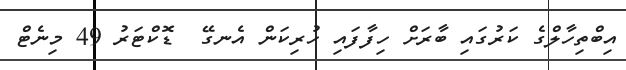
އިބްތިހާލްގެ ކަރުގައި ބާރަށް ހިފާފައި ހުރިކަން އެނގޭ  ޑޮކްޓަރު 49 މިނެޓް